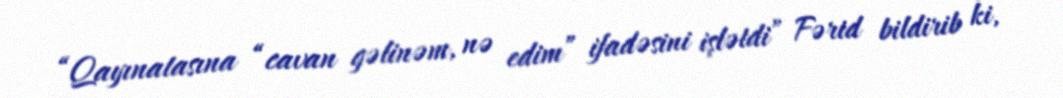
“Qayınatasına “cavan gəlinəm, nə edim” ifadəsini işlətdi” Fərid bildirib ki,